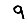
Digit: 9